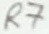
Text: R7